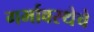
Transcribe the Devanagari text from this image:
गर्भावस्थेचे